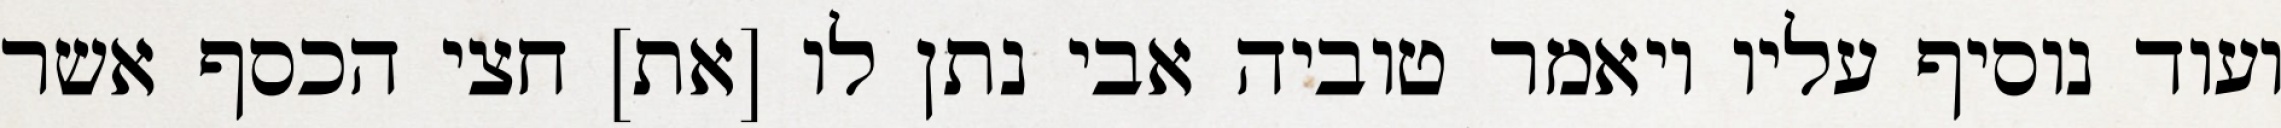
ועוד נוסיף עליו ויאמר טוביה אבי נתן לו [את] חצי הכסף אשר